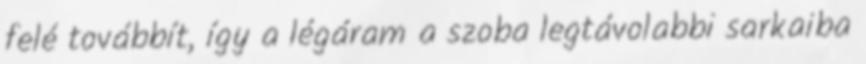
felé továbbít, így a légáram a szoba legtávolabbi sarkaiba